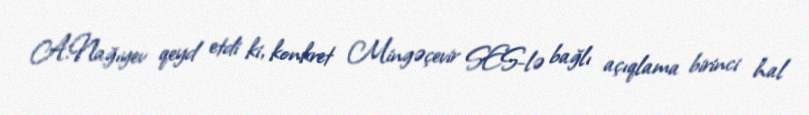
A.Nağıyev qeyd etdi ki, konkret Mingəçevir SES-lə bağlı açıqlama birinci hal